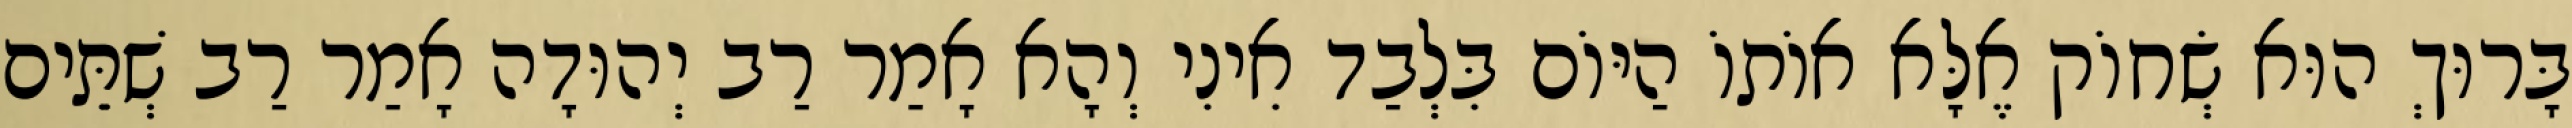
בָּרוּךְ הוּא שְׂחוֹק אֶלָּא אוֹתוֹ הַיּוֹם בִּלְבַד אִינִי וְהָא אָמַר רַב יְהוּדָה אָמַר רַב שְׁתֵּים